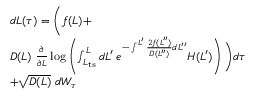
\begin{array} { r l } & { d L ( \tau ) = \Bigg ( f ( L ) + } \\ & { D ( L ) \ \frac { \partial } { \partial L } \log \left( \int _ { L _ { \mathrm { t s } } } ^ { L } d L ^ { \prime } \; e ^ { - \int ^ { L ^ { \prime } } \frac { 2 f ( L ^ { \prime \prime } ) } { D ( L ^ { \prime \prime } ) } d L ^ { \prime \prime } } H ( L ^ { \prime } ) \right) \Bigg ) d \tau } \\ & { + \sqrt { D ( L ) } \ d W _ { \tau } } \end{array}